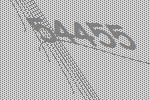
54455